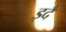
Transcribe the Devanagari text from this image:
इदै